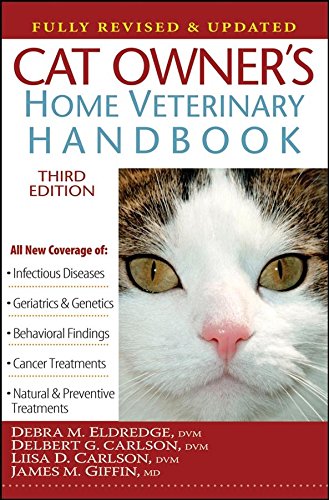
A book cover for Cat Owner's Home Veterinary Handbook, Fully Revised and Updated; Debra  M. Eldredge; Crafts, Hobbies & Home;